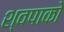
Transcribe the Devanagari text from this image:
श्वपाको